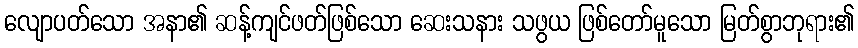
လျောပတ်သော အနာ၏ ဆန့်ကျင်ဖတ်ဖြစ်သော ဆေးသနား သဖွယ ဖြစ်တော်မူသော မြတ်စွာဘုရား၏